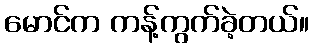
မောင်က ကန့်ကွက်ခဲ့တယ်။